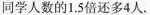
{同学人数的1.5倍还多4人.